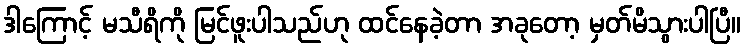
ဒါကြောင့် မသီရိကို မြင်ဖူးပါသည်ဟု ထင်နေခဲ့တာ အခုတော့ မှတ်မိသွားပါပြီ။